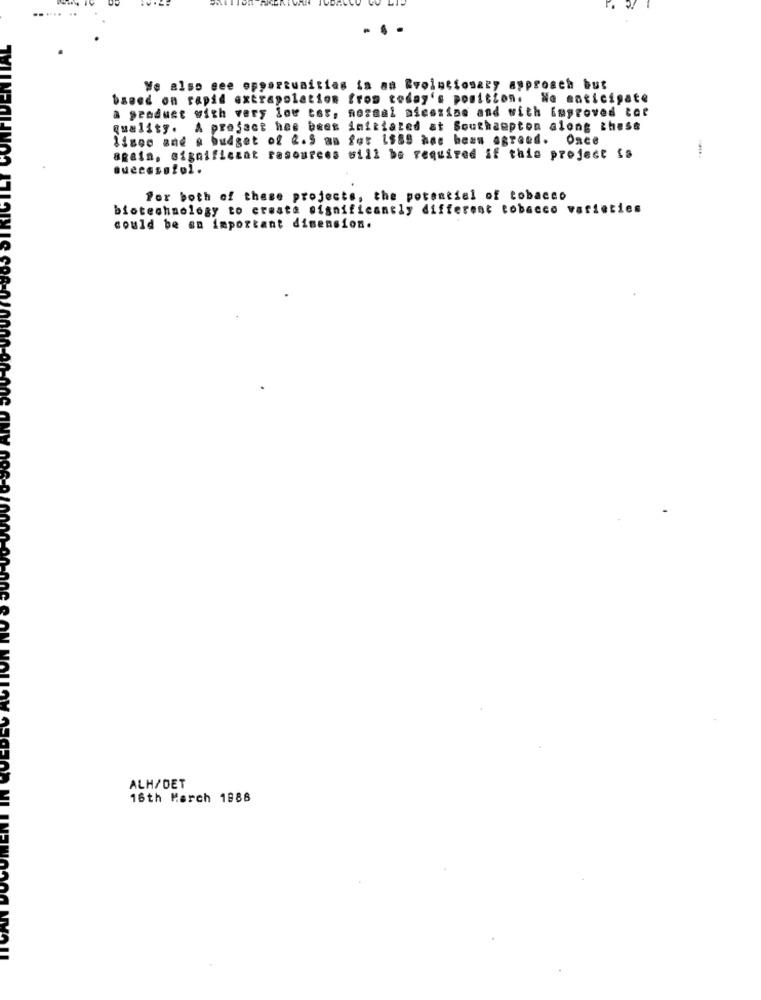
. .
We also see opportunities in an Evolutionary approach but
based on rapid extrapolation from today's position. Na anticipate
a geoduet with very low tor, normal micezins and with improved tor
quality. A project has been initiated at Southampton along these
lisee and a budget of 2.5 as for ISSO hat heam agreed. Once
again, significant rasources will be required if this project is
successful.
For both of these projects, the potential of tobacco
biotechnology to create significantly different tobacco varieties
could be an important dimension.
ALH/DET
16th March 1888